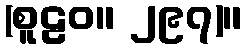
(စူဠဝ။ ၂၉၇)။